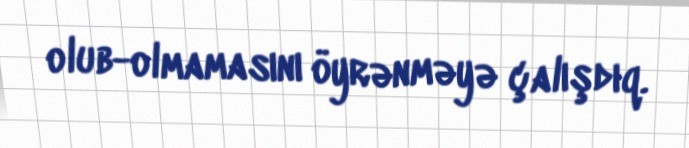
olub-olmamasını öyrənməyə çalışdıq.